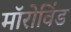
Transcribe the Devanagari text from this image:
मॉरोविंड